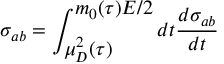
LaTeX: \sigma _ { a b } = \int _ { \displaystyle \mu _ { D } ^ { 2 } ( \tau ) } ^ { \displaystyle m _ { 0 } ( \tau ) E / 2 } d t \frac { d \sigma _ { a b } } { d t }